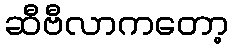
ဆီဗီလာကတော့